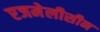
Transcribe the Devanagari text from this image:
एजमेलीसीन